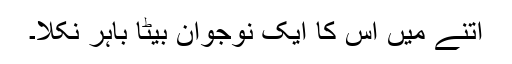
اتنے میں اس کا ایک نوجوان بیٹا باہر نکلا۔